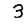
Digit: 3